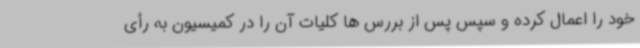
خود را اعمال کرده و سپس پس از بررس ها کلیات آن را در کمیسیون به رأی